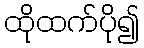
ထိုထက်ပို၍